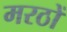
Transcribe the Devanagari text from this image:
मरठों